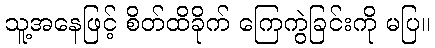
သူ့အနေဖြင့် စိတ်ထိခိုက် ကြေကွဲခြင်းကို မပြ။